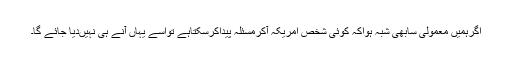
اگرہمیں معمولی سابھی شبہ ہواکہ کوئی شخص امریکہ آکرمسئلہ پیداکرسکتاہے تواسے یہاں آنے ہی نہیںدیا جائے گا۔